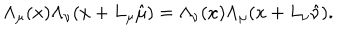
\Lambda _ { \mu } ( x ) \Lambda _ { \nu } ( x + L _ { \mu } \hat { \mu } ) = \Lambda _ { \nu } ( x ) \Lambda _ { \mu } ( x + L _ { \nu } \hat { \nu } ) .